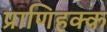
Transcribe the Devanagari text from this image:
प्राणिहक्क